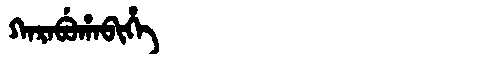
Manchu: ᡴᠠᡵᠠᠪᡠᡥᠠᠪᡳᡥᡝ
Romanization: KARABUHABIHE